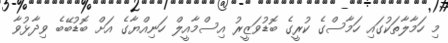
މި ހަމާލާތަކުގައި ހަމާސްގެ ކުރީގެ ބޮޑުވަޒީރު އިސްމާއީލް ހަނިއްޔާގެ އަށް ބޮޑުބޭބެ ވިދާޅުވާ